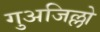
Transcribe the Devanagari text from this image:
गुअजिल्लो